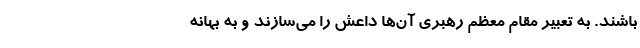
باشند. به تعبیر مقام معظم رهبری آن‌ها داعش را می‌سازند و به بهانه